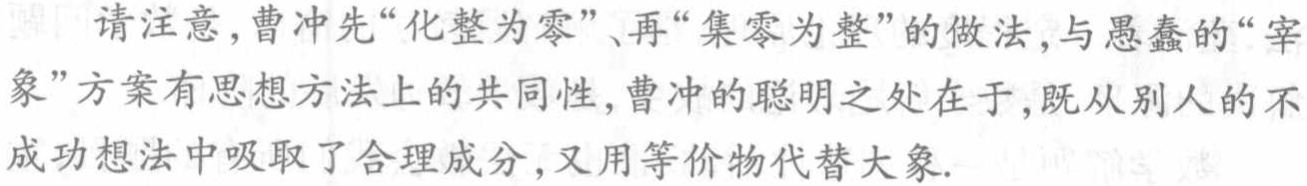
请注意，曹冲先“化整为零”、再“集零为整”的做法，与愚蠢的“宰象”方案有思想方法上的共同性, 曹冲的聪明之处在于, 既从别人的不成功想法中吸取了合理成分, 又用等价物代替大象.